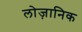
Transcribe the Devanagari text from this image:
लोज़ानिक